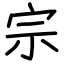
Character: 宗